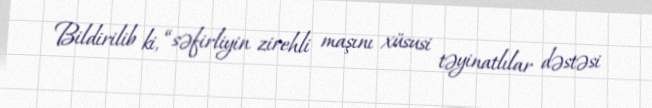
Bildirilib ki, “səfirliyin zirehli maşını xüsusi təyinatlılar dəstəsi